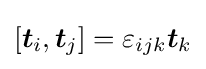
[{\boldsymbol {t}}_{i},{\boldsymbol {t}}_{j}]=\varepsilon _{ijk}{\boldsymbol {t}}_{k}